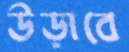
উড়াবে